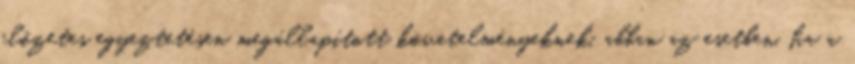
elõzetes egyeztetésen megállapított követelményeknek, abban az esetben, ha a